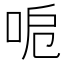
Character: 𠲪